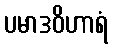
ပမာဒဝိဟာရံ